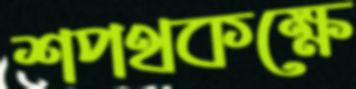
শপথকক্ষে